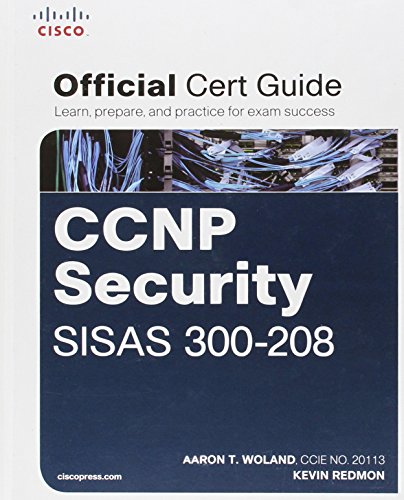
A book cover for CCNP Security SISAS 300-208 Official Cert Guide (Certification Guide); Aaron Woland; Computers & Technology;